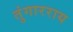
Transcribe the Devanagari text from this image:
तुंगारराय